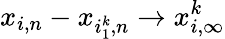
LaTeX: x_{i,n}-x_{i_{1}^{k},n}\to x_{i,\infty}^{k}